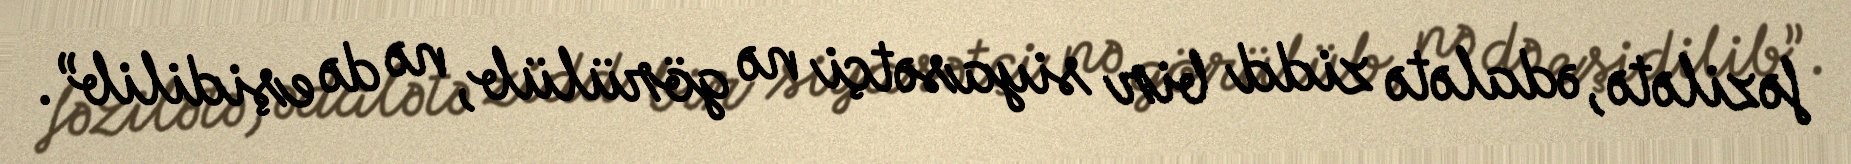
fəzilətə, ədalətə zidd bir siyasətçi nə görülüb, nə də eşidilib”.